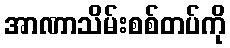
အာဏာသိမ်းစစ်တပ်ကို